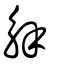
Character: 解